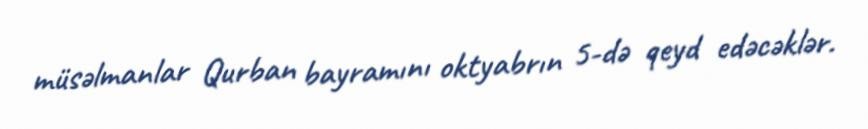
müsəlmanlar Qurban bayramını oktyabrın 5-də qeyd edəcəklər.